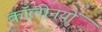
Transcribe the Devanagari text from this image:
कॉलोनयों